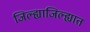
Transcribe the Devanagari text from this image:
जिल्ह्याजिल्ह्यात